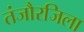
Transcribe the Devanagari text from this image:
तंजौरजिला